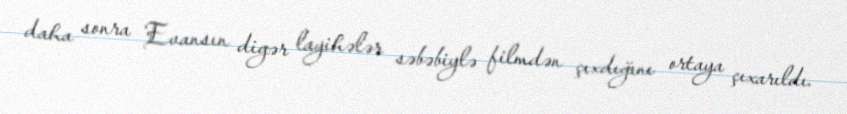
daha sonra Evansın digər layihələr səbəbiylə filmdən çıxdığını ortaya çıxarıldı.